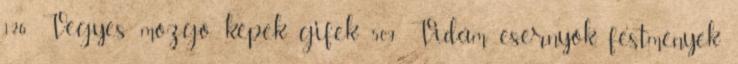
126 Vegyes mozgó képek gifek 509 Vidám esernyők, festmények